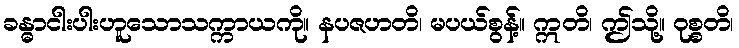
ခန္ဓာငါးပါးဟူသောသက္ကာယကို။ နပဇဟတိ၊ မပယ်စွန့်။ ဣတိ၊ ဤသို့။ ဝုစ္စတိ၊